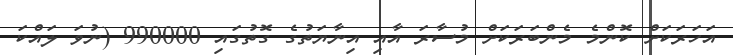
އަހަރަކަށް ކޮންމެ މެންބަރަކަށް މުސާރަ އާއި އިނާޔަތުގެ ގޮތުގައި 990000 (ނުވަ ލައްކަ